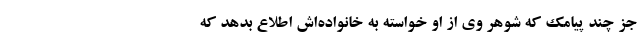
جز چند پیامک که شوهر وی از او خواسته به خانواده‌اش اطلاع بدهد که